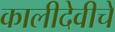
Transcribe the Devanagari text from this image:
कालीदेवीचे